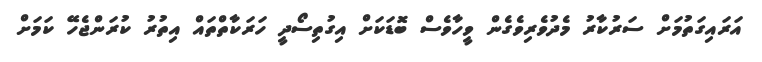
އަރައިގަތުމަށް ސަރުކާރު މެދުވެރިވެގެން ވީހާވެސް ބޮޑަކަށް އިގުތިސޯދީ ހަރަކާތްތައް އިތުރު ކުރަންޖެހޭ ކަމަށް